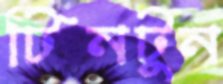
টিনটুন